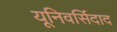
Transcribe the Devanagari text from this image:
यूनिवर्सिदाद